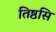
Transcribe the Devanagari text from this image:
तिष्ठसि